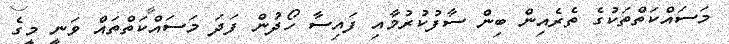
މަސައްކަތްތަކުގެ ތެރެއިން ބިން ސާފުކުރުމާއި ފައިސާ ހޯދުން ފަދަ މަސައްކަތްތައް ވަނީ މީގެ